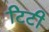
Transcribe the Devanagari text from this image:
टिटी